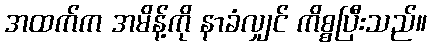
အထက်က အမိန့်ကို နာခံလျှင် ကိစ္စပြီးသည်။